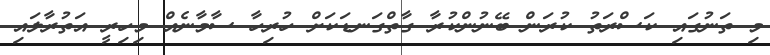
މި ތަނުގައި ކަސްރަތު ކުރަން ބޭނުންކުރާ ގާތްގަނޑަކަށް ހުރިހާ ސާމާނެއް މިހިރީ އަތުރާލައި